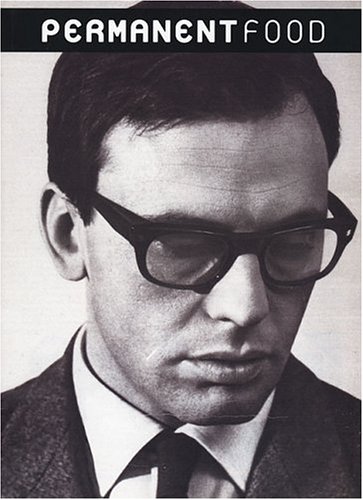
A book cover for Permanent Food No. 12; Arts & Photography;